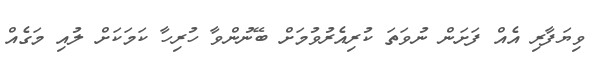
ވިޔަފާރި އެއް ފަށަން ނުވަތަ ކުރިއެރުވުމަށް ބޭނުންވާ ހުރިހާ ކަމަކަށް ލުއި މަގެއް